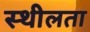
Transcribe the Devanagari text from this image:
स्थीलता